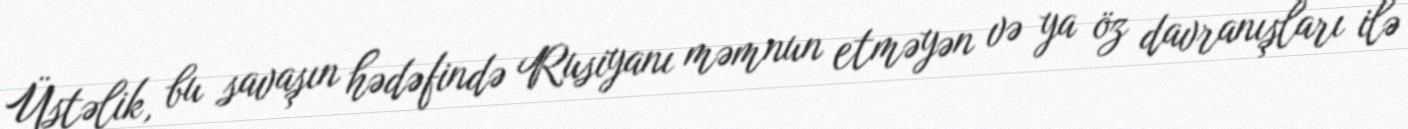
Üstəlik, bu savaşın hədəfində Rusiyanı məmnun etməyən və ya öz davranışları ilə